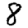
Digit: 8